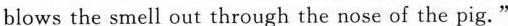
blows the smell out through the nose of the pig."